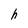
Character: h